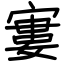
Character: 寠